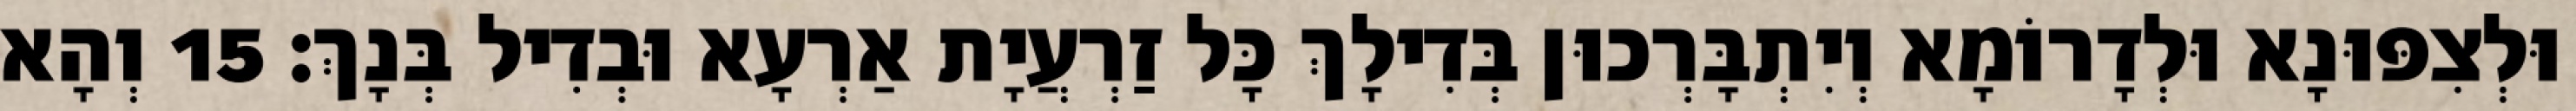
וּלְצִפּוּנָא וּלְדָרוֹמָא וְיִתְבָּרְכוּן בְּדִילָךְ כָּל זַרְעֲיָת אַרְעָא וּבְדִיל בְּנָךְ׃ 15 וְהָא